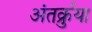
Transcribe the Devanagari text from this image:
अंतर्क्रुया